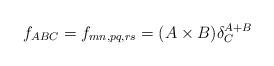
LaTeX: \begin{align*}f_{ABC} = f_{mn,pq,rs} = (A\times B) \delta ^{A+B}_C\end{align*}